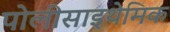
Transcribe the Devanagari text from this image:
पोलीसाइथेमिक